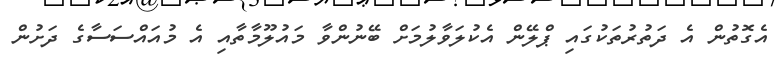
އެގޮތުން އެ ދަތުރުތަކުގައި ޕްލޭން އެކުލަވާލުމަށް ބޭނުންވާ މައުލޫމާތާއި އެ މުއައްސަސާގެ ދަށުން